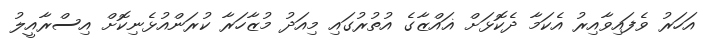
އަހަރު ވެފައިވާއިރު އެކަމާ ދެކޮޅަށް ޣައްޒާގެ އުތުރުގައި މިއަދު މުޒާހަރާ ކުރަންއުޅެނިކޮށް އިސްރާއީލު